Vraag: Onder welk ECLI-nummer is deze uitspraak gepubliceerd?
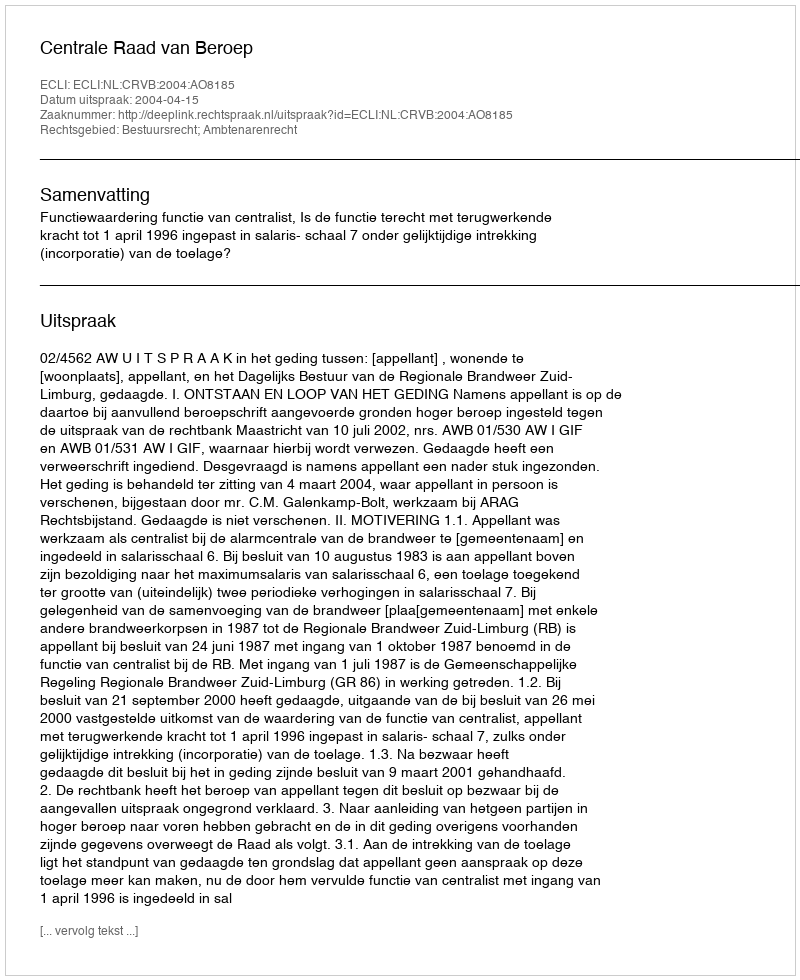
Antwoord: ECLI:NL:CRVB:2004:AO8185